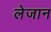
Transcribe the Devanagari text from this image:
लेजान